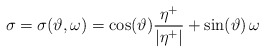
\begin{align*}\sigma =\sigma(\vartheta,\omega)= \cos(\vartheta) \frac{\eta^+}{|\eta^+|} + \sin (\vartheta)\, \omega\end{align*}